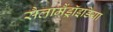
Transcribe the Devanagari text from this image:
सैलामैंड्रॉइडिया